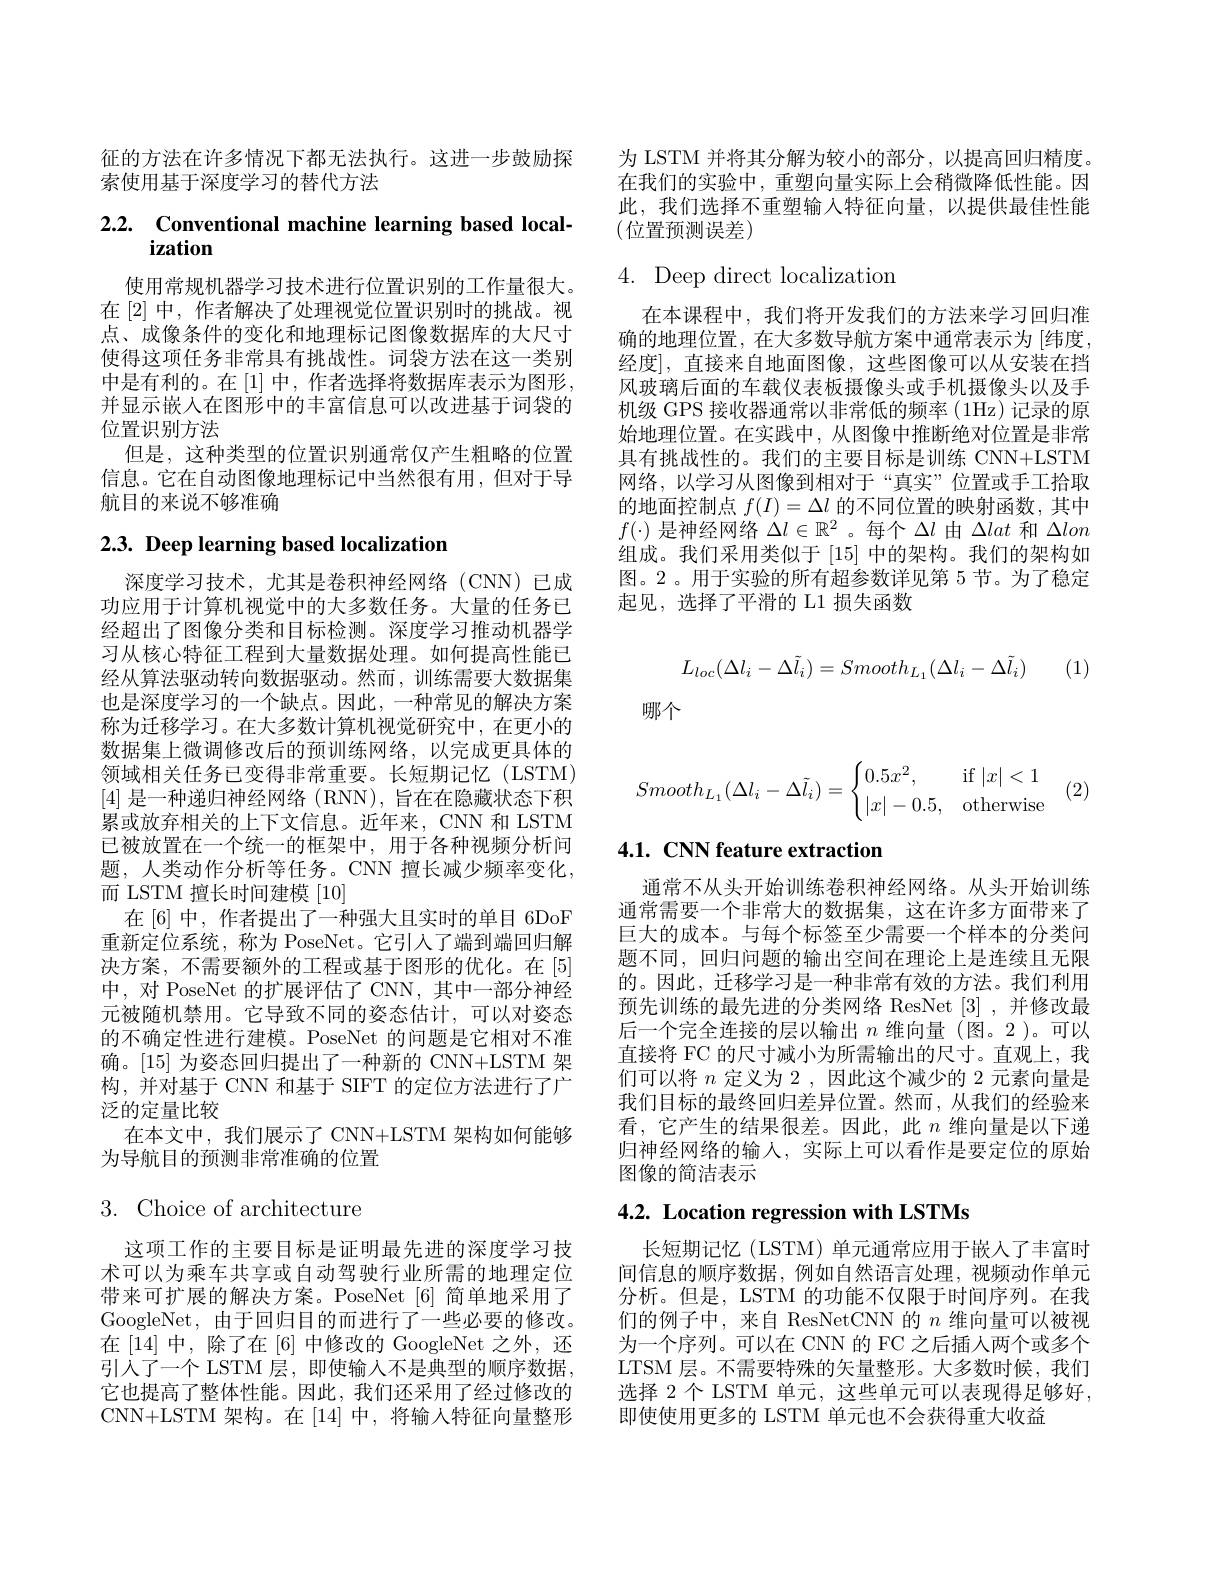
征的方法在许多情况下都无法执行。这进一步鼓励探
索使用基于深度学习的替代方法

# 2.2. $\textbf{Conventional machine learning based local- }$

使用常规机器学习技术进行位置识别的工作量很大。在[2] 中，作者解决了处理视觉位置识别时的挑战。视点、成像条件的变化和地理标记图像数据库的大尺寸使得这项任务非常具有挑战性。词袋方法在这一类别中是有利的。在$\left[1\right]$中，作者选择将数据库表示为图形， 并显示嵌入在图形中的丰富信息可以改进基于词袋的位置识别方法
但是，这种类型的位置识别通常仅产生粗略的位置信息。它在自动图像地理标记中当然很有用，但对于导航目的来说不够准确

# $2. 3. \textbf{ Deep learning based localization}$

深度学习技术，尤其是卷积神经网络(CNN)已成功应用于计算机视觉中的大多数任务。大量的任务已经超出了图像分类和目标检测。深度学习推动机器学习从核心特征工程到大量数据处理。如何提高性能已经从算法驱动转向数据驱动。然而，训练需要大数据集也是深度学习的一个缺点。因此，一种常见的解决方案称为迁移学习。在大多数计算机视觉研究中，在史小的数据集上微调修改后的预训练网络，以完成更具体的领域相关任务已变得非常重要。长短期记忆(LSTM) [4]是一种递归神经网络 (RNN), 旨在在隐藏状态下积累或放弃相关的上下文信息。近年来，CNN 和 LSTM 已被放置在一个统一的框架中，用于各种视频分析问题，人类动作分析等任务。CNN 擅长减少频率变化， 而 LSTM 擅长时间建模[10]
在 [6] 中，作者提出了一种强大且实时的单目 6DoF 重新定位系统，称为 PoseNet。它引人了端到端回归解决方案，不需要额外的工程或基于图形的优化。在[5] 中，对 PoseNet 的扩展评估了 CNN, 其中一部分神经元被随机禁用。它导致不同的姿态估计，可以对姿态的不确定性进行建模。PoseNet 的问题是它相对不准确。[15] 为姿态回归提出了一种新的 CNN+LSTM 架构，并对基于 CNN 和基于 SIFT 的定位方法进行了广泛的定量比较
在本文中，我们展示了 CNN+LSTM 架构如何能够
为导航目的预测非常准确的位置

$3.{\mathrm{Choice~of~architecture}}$

这项工作的主要目标是证明最先进的深度学习技术可以为乘车共享或自动驾驶行业所需的地理定位带来可扩展的解决方案。PoseNet[6]简单地采用了GoogleNet, 由于回归目的而进行了一些必要的修改。在[14] 中，除了在[6] 中修改的 GoogleNet 之外，还引人了一个 LSTM 层，即使输入不是典型的顺序数据， 它也提高了整体性能。因此，我们还采用了经过修改的CNN+LSTM 架构。在 [14] 中，将输入特征向量整形

为 LSTM 并将其分解为较小的部分，以提高回归精度。在我们的实验中，重塑向量实际上会稍微降低性能。因此，我们选择不重塑输入特征向量，以提供最佳性能(位置预测误差)

## 4. Deep direct localization

在本课程中，我们将开发我们的方法来学习回归准确的地理位置，在大多数导航方案中通常表示为 [纬度， 经度],直接来自地面图像，这些图像可以从安装在挡风玻璃后面的车载仪表板摄像头或手机摄像头以及手机级 GPS 接收器通常以非常低的频率(1Hz)记录的原始地理位置。在实践中，从图像中推断绝对位置是非常具有挑战性的。我们的主要目标是训练 CNN+LSTM 网络，以学习从图像到相对于“真实”位置或手工拾取的地面控制点$f(I)=\Delta l$的不同位置的映射函数，其中$f(\cdot)$是神经网络$\Delta l\in\mathbb{R}^2$ 。每个$\Delta l$由$\Delta lat$和$\Delta lon$ 组成。我们采用类似于 [15] 中的架构。我们的架构如图。2。用于实验的所有超参数详见第 5 节。为了稳定起见，选择了平滑的 L1 损失函数
$$L_{loc}(\Delta l_i-\Delta\tilde{l}_i)=Smooth_{L_1}(\Delta l_i-\Delta\tilde{l}_i)$$
(1)

哪个

(2)
$$Smooth_{L_1}(\Delta l_i-\Delta\tilde{l}_i)=\begin{cases}0.5x^2,&\text{if}\:|x|<1\\|x|-0.5,&\text{otherwise}\end{cases}$$
# 4.1. CNN feature extraction

通常不从头开始训练卷积神经网络。从头开始训练通常需要一个非常大的数据集，这在许多方面带来了巨大的成本。与每个标签至少需要一个样本的分类问题不同，回归问题的输出空间在理论上是连续且无限的。因此，迁移学习是一种非常有效的方法。我们利用预先训练的最先进的分类网络 ResNet [3] ,并修改最后一个完全连接的层以输出$n$维向量(图。2)。可以直接将 FC 的尺寸减小为所需输出的尺寸。直观上，我们可以将$n$定义为 2,因此这个减少的 2 元素向量是我们目标的最终回归差异位置。然而，从我们的经验来看，它产生的结果很差。因此，此 此$n$维向量是以下递归神经网络的输人，实际上可以看作是要定位的原始图像的简洁表示

4.2. Location regression with LSTMs

长短期记忆(LSTM)单元通常应用于嵌入了丰富时间信息的顺序数据，例如自然语言处理，视频动作单元分析。但是，LSTM 的功能不仅限于时间序列。在我们的例子中，来自 ResNetCNN 的$n$维向量可以被视为一个序列。可以在 CNN 的 FC 之后插人两个或多个LTSM 层。不需要特殊的矢量整形。大多数时候，我们选择 2个 LSTM 单元，这些单元可以表现得足够好， 即使使用更多的 LSTM 单元也不会获得重大收益